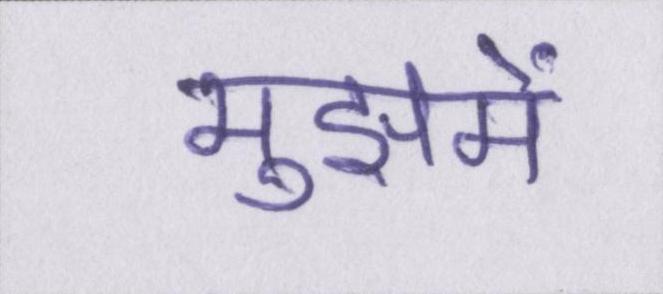
मुझमें